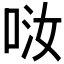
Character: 𠲤